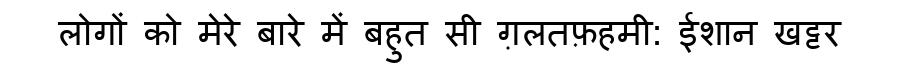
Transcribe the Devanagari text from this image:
लोगों को मेरे बारे में बहुत सी ग़लतफ़हमी: ईशान खट्टर